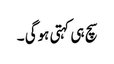
سچ ہی کہتی ہوگی ۔